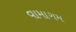
વામાગમ